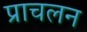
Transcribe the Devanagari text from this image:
प्राचलन